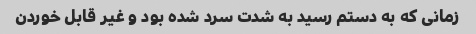
زمانی که به دستم رسید به شدت سرد شده بود و غیر قابل خوردن